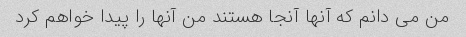
من می دانم که آنها آنجا هستند من آنها را پیدا خواهم کرد